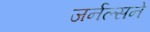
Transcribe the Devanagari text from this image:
जर्नल्सने